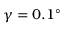
\gamma = 0 . 1 ^ { \circ }